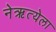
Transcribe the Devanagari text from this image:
नेऋत्येला